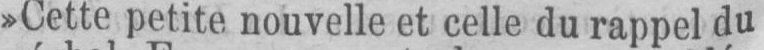
»Cette petite nouvelle et celle du rappel du